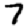
Digit: 7